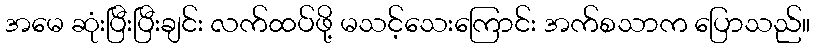
အမေ ဆုံးပြီးပြီးချင်း လက်ထပ်ဖို့ မသင့်သေးကြောင်း အက်စသာက ပြောသည်။